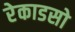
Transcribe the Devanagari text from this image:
रेकाडसो